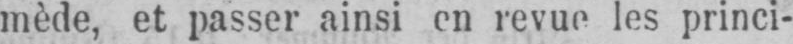
mède, et passer ainsi en revue les princi-